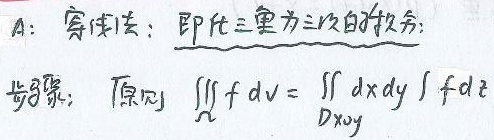
A: 穿线法：即化三重积分 为三次积分的技巧。步骤：原则 \(\underset{\varOmega}{\iiint} f\mathrm{d}V=\underset{D_{xy}}{\iint}\mathrm{d}x\mathrm{d}y\int f\mathrm{d}z\)